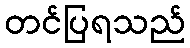
တင်ပြရသည်